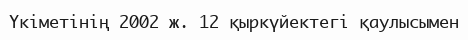
Үкіметінің 2002 ж. 12 қыркүйектегі қаулысымен